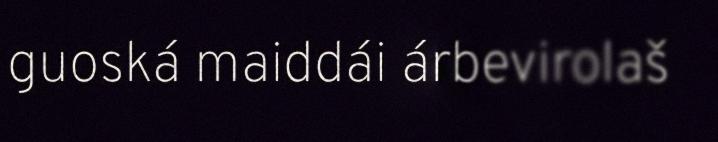
guoská maiddái árbevirolaš